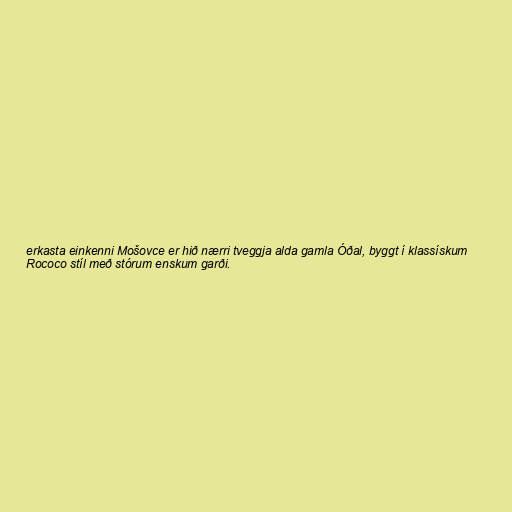
erkasta einkenni Mošovce er hið nærri tveggja alda gamla Óðal, byggt í klassískum
Rococo stíl með stórum enskum garði.